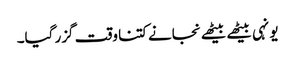
یونہی بیٹھے بیٹھے نجانے کتنا وقت گزر گیا۔